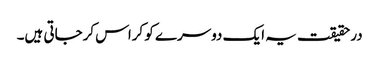
درحقیقت یہ ایک دوسرے کو کراس کرجاتی ہیں۔